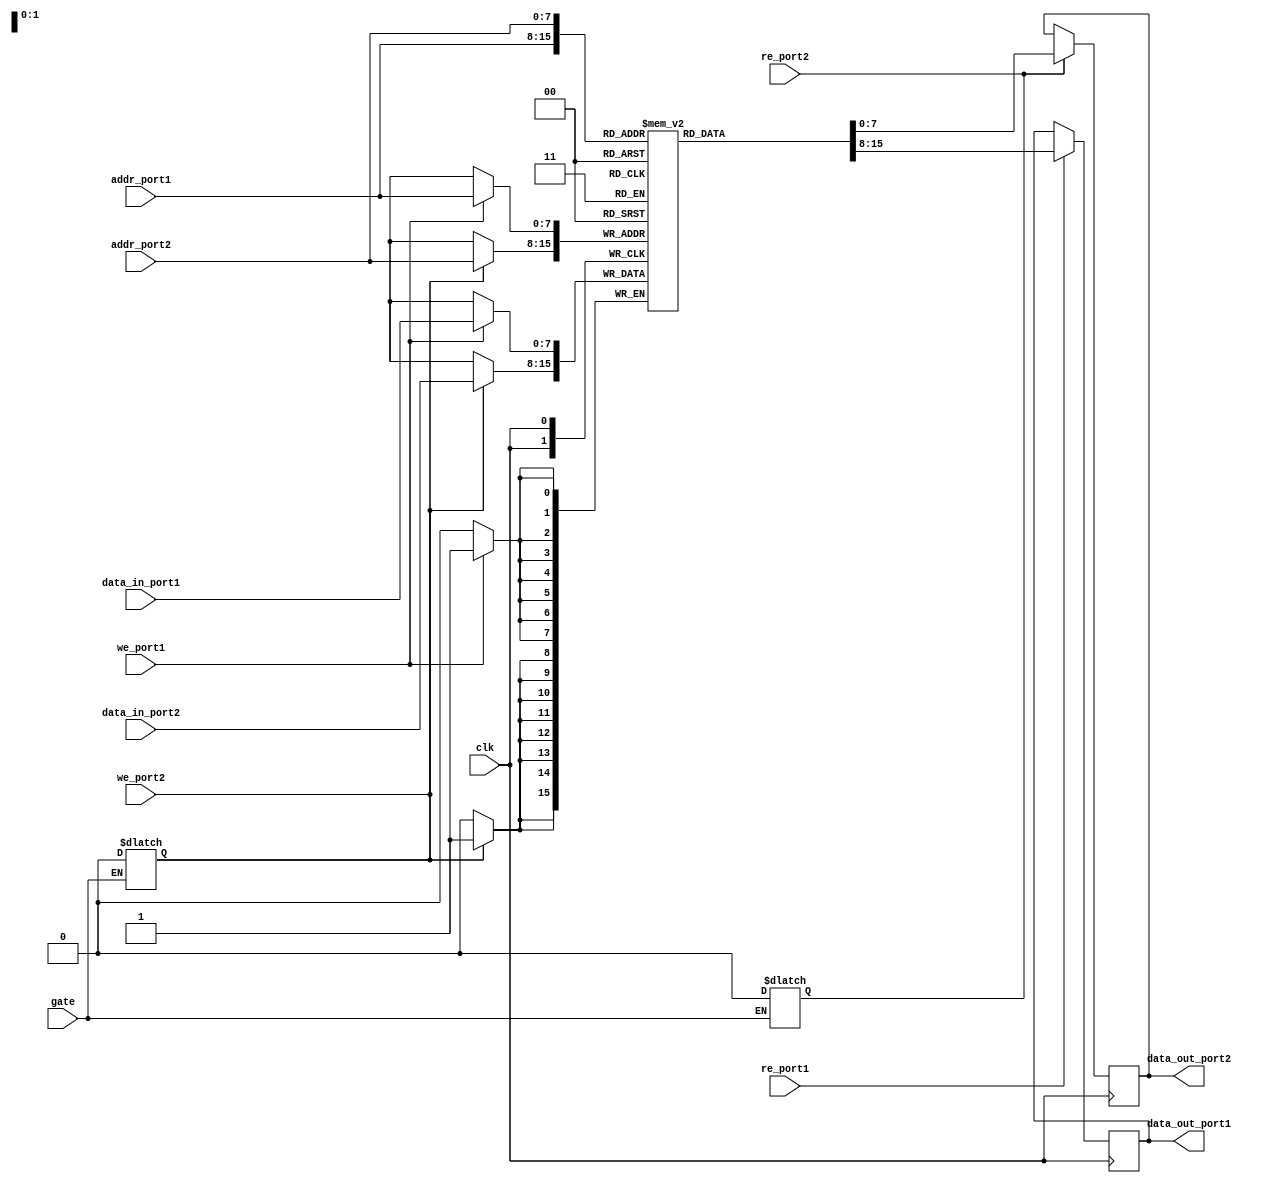
module dual_port_ram (
    input wire clk,
    input wire [7:0] addr_port1,
    input wire [7:0] addr_port2,
    input wire [7:0] data_in_port1,
    input wire [7:0] data_in_port2,
    input wire we_port1,
    input wire we_port2,
    input wire re_port1,
    input wire re_port2,
    input wire gate,
    output reg [7:0] data_out_port1,
    output reg [7:0] data_out_port2
);
    
reg [7:0] memory [0:255];

always @(posedge clk) begin
    if (we_port1) begin
        memory[addr_port1] <= data_in_port1;
    end
    
    if (re_port1) begin
        data_out_port1 <= memory[addr_port1];
    end
    
    if (we_port2) begin
        memory[addr_port2] <= data_in_port2;
    end
    
    if (re_port2) begin
        data_out_port2 <= memory[addr_port2];
    end
end

always @(*) begin
    if (gate) begin
        we_port2 <= 0;
        re_port2 <= 0;
    end
end

endmodule